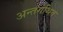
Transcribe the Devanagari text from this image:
अन्तर्गथित